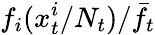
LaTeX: f_{i}(x_{t}^{i}/N_{t})/\bar{f}_{t}